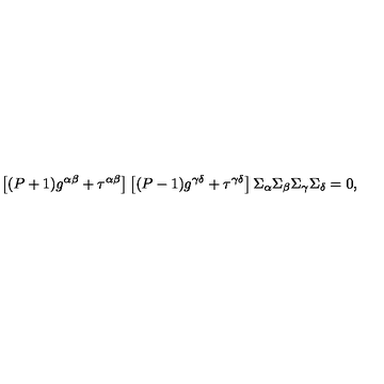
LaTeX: \left[ ( P + 1 ) g ^ { \alpha \beta } + \tau ^ { \alpha \beta } \right] \left[ ( P - 1 ) g ^ { \gamma \delta } + \tau ^ { \gamma \delta } \right] \Sigma _ { \alpha } \Sigma _ { \beta } \Sigma _ { \gamma } \Sigma _ { \delta } = 0 ,